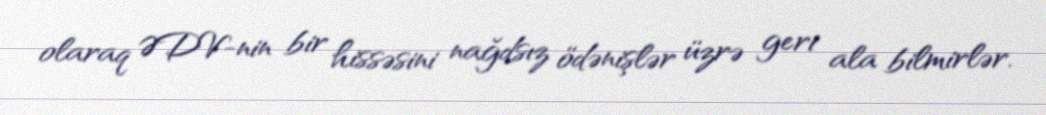
olaraq ƏDV-nin bir hissəsini nağdsız ödənişlər üzrə geri ala bilmirlər.